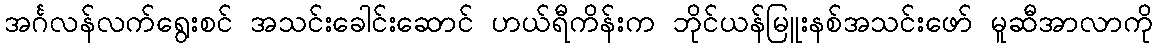
အင်္ဂလန်လက်ရွေးစင် အသင်းခေါင်းဆောင် ဟယ်ရီကိန်းက ဘိုင်ယန်မြူးနစ်အသင်းဖော် မူဆီအာလာကို